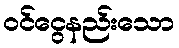
ဝင်ငွေနည်းသော